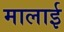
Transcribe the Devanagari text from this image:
मालाई